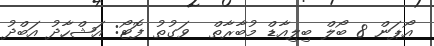
އޯޕަން 8 ބޯލް ބިލިއާޑް މުބާރާތް  ވަގުތު ފޮޓޯ: އަޝްހާދު އަބްދު